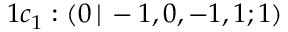
1 c _ { 1 } : ( 0 \, | \, - 1 , 0 , - 1 , 1 ; 1 )